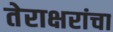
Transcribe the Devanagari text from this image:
तेराक्षरांचा